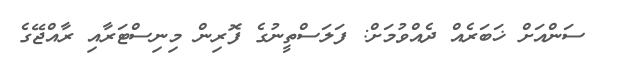
ސަންއަށް ޚަބަރެއް ދެއްވުމަށް: ފަލަސްތީނުގެ ފޮރިން މިނިސްޓަރާއި ރާއްޖޭގެ